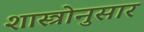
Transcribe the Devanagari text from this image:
शास्त्रोनुसार